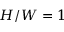
H / W = 1